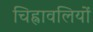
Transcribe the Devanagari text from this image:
चिह्नावलियों